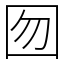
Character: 囫